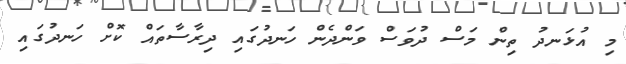
މި އުޅަނދު ތިން މަސް ދުވަސް ވަންދެން ހަނދުގައި ދިރާސާތައް ކޮށް ހަނދުގައި